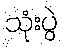
သုံးပွဲ